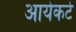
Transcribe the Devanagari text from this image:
आयेकर्ट